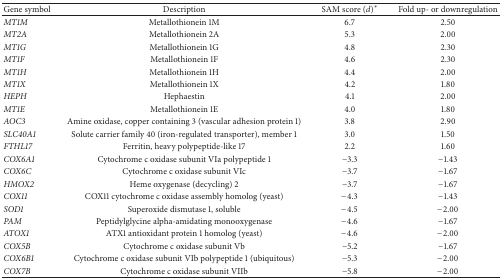
| Gene symbol | Description | SAM score (d)* | Fold up- or downregulation |
 | --- | --- | --- | --- |
 | MT1M | Metallothionein 1M | 6.7 | 2.50 |
 | MT2A | Metallothionein 2A | 5.3 | 2.00 |
 | MT1G | Metallothionein 1G | 4.8 | 2.30 |
 | MT1F | Metallothionein 1F | 4.6 | 2.30 |
 | MT1H | Metallothionein 1H | 4.4 | 2.00 |
 | MT1X | Metallothionein 1X | 4.2 | 1.80 |
 | HEPH | Hephaestin | 4.1 | 2.00 |
 | MT1E | Metallothionein 1E | 4.0 | 1.80 |
 | AOC3 | Amine oxidase, copper containing 3 (vascular adhesion protein 1) | 3.8 | 2.90 |
 | SLC40A1 | Solute carrier family 40 (iron-regulated transporter), member 1 | 3.0 | 1.50 |
 | FTHL17 | Ferritin, heavy polypeptide-like 17 | 2.2 | 1.60 |
 | COX6A1 | Cytochrome c oxidase subunit VIa polypeptide 1 | −3.3 | −1.43 |
 | COX6C | Cytochrome c oxidase subunit VIc | −3.7 | −1.67 |
 | HMOX2 | Heme oxygenase (decycling) 2 | −3.7 | −1.67 |
 | COX11 | COX11 cytochrome c oxidase assembly homolog (yeast) | −4.3 | −1.43 |
 | SOD1 | Superoxide dismutase 1, soluble | −4.5 | −2.00 |
 | PAM | Peptidylglycine alpha-amidating monooxygenase | −4.6 | −1.67 |
 | ATOX1 | ATX1 antioxidant protein 1 homolog (yeast) | −4.6 | −2.00 |
 | COX5B | Cytochrome c oxidase subunit Vb | −5.2 | −1.67 |
 | COX6B1 | Cytochrome c oxidase subunit VIb polypeptide 1 (ubiquitous) | −5.3 | −2.00 |
 | COX7B | Cytochrome c oxidase subunit VIIb | −5.8 | −2.00 |